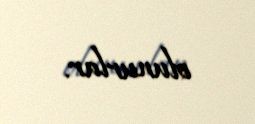
olunurlar.